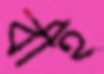
বাই